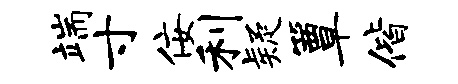
端寸佞利疑簟偕